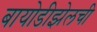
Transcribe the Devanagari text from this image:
बायोडीझेलची